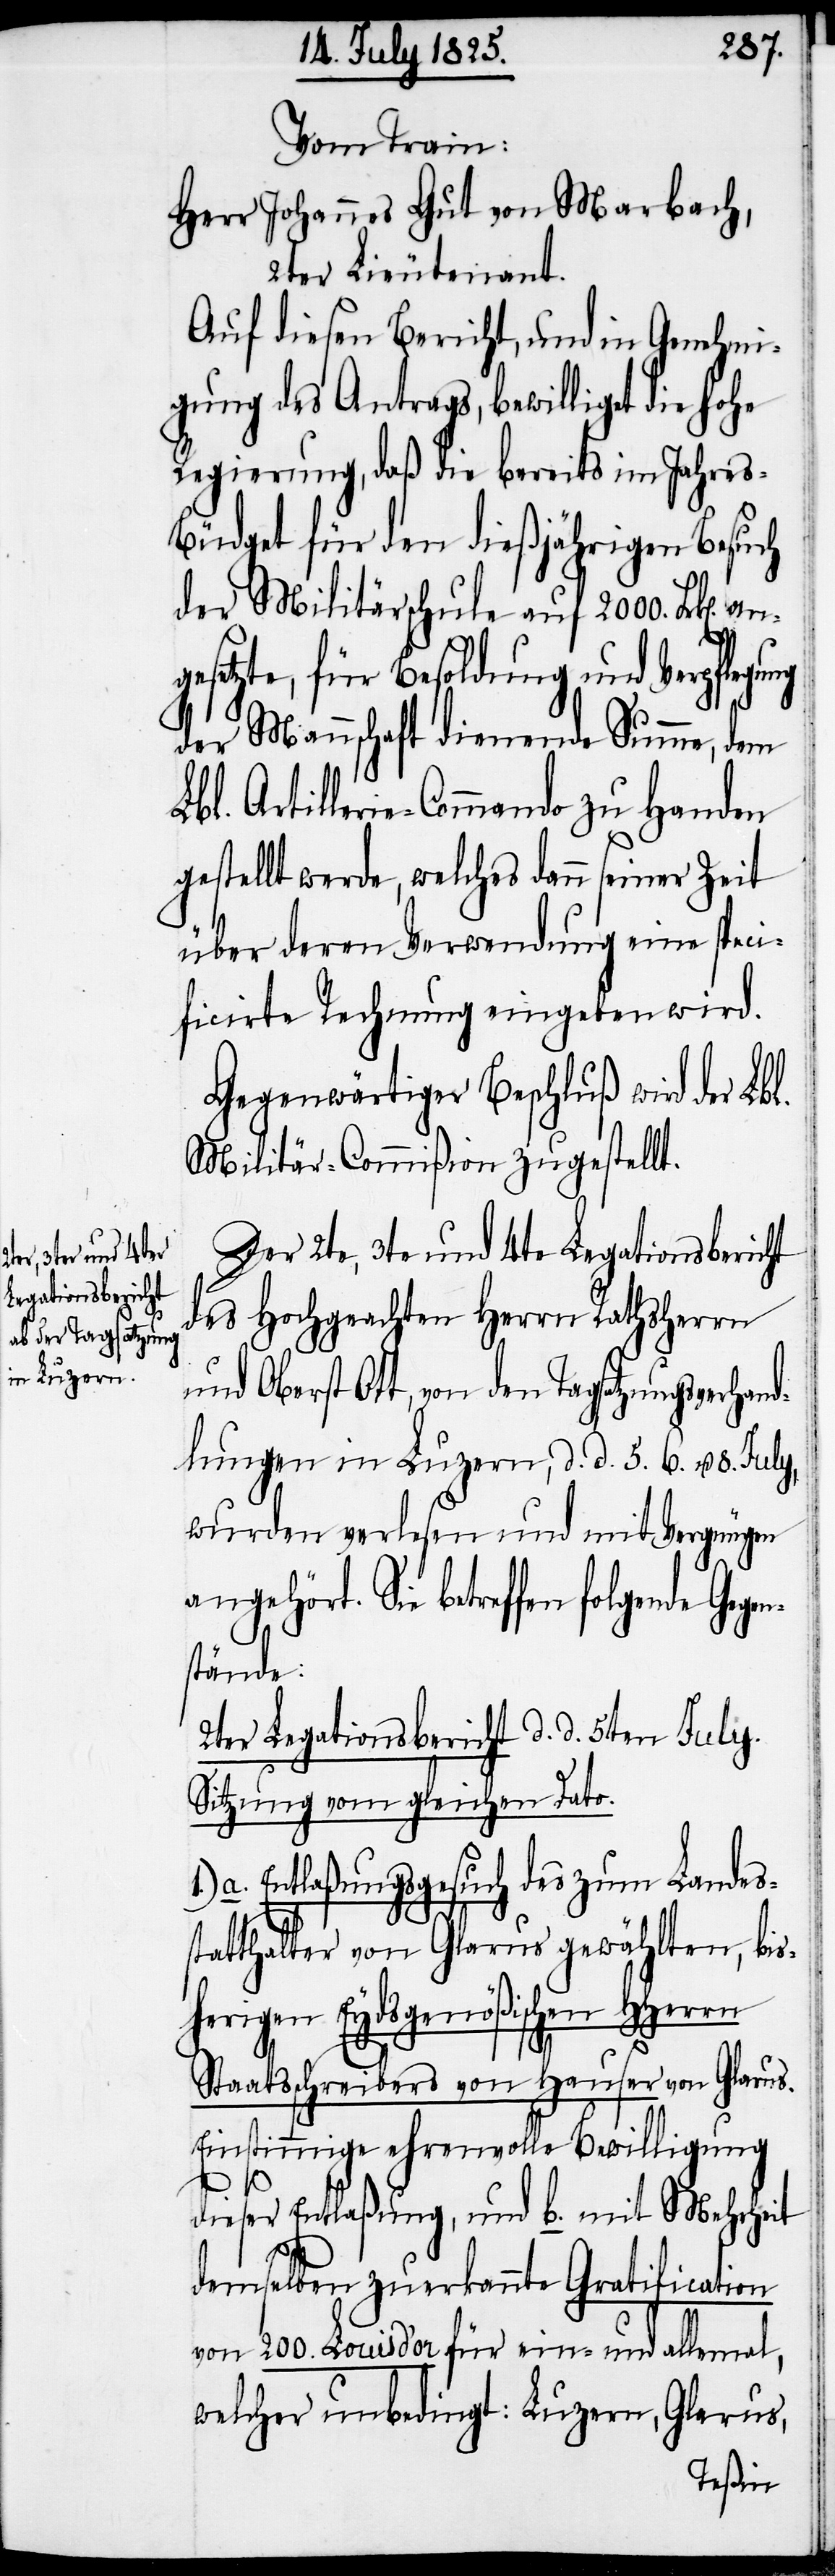
Vom Train:
Herr Johannes Gut von Marbach,
2ter Lieutenant.
Auf diesen Bericht, und in Genehmi¬
gung des Antrags, bewilliget die hohe
Regierung, daß die bereits im Jahre¬
s-Büdget für den dießjährigen Besuch
der Militärschule auf 2000. Frk[en].
setzte, für Besoldung und Verpf¬
der Mannschaft dienende Summe, dem
Lbl. Artillerie-Commando zu Handen
gestellt werde, welches dann seiner Zeit
über deren Verwendung eine speci¬
ficirte Rechnung eingeben wird.
Gegenwärtiger Beschluß wird der Lbl.
Militär-Commißion zugestellt.
Der 2te, 3te und 4te Legationsbericht
des Hochgeachten	 Herrn Rathsherrn
und Oberst Ott, von den Tagsatzungsverhand¬
lungen in Luzern, d. d. 5. 6. u. 8.
wurden verlesen und mit Vergnügen
angehört. Sie betreffen folgende Gege¬
nstände:
2ter Legationsbericht d. d. 5ten July.
Sitzung vom gleichen Dato.
a. Entlaßungsgesuch des zum Landess¬
tatthalter von Glarus gewählten, bis¬
herigen Eydsgenößischen HHerrn
Staatsschreibers von Hauser von Glarus.
Einstimmige ehrenvolle Bewilligung
dieser Entlaßung, und b. mit Mehrheit
demselben zuerkannte Gratification
von 200. Louis d’or für ein- und allemal,
welcher unbedingt: Luzern, Glarus,
legung